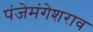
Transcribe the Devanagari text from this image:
पंजेमंगेशराव